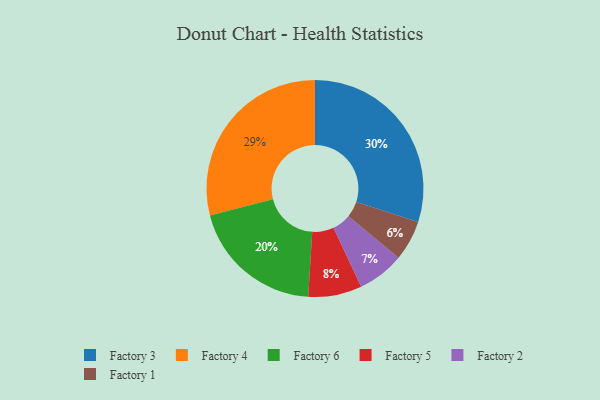
{"axis": {"x": "Category", "y": "Percentage"}, "legend": ["Factory 1", "Factory 2", "Factory 3", "Factory 4", "Factory 5", "Factory 6"], "data": [{"x": "Factory 1", "y": 6, "type": "Factory 1"}, {"x": "Factory 6", "y": 20, "type": "Factory 6"}, {"x": "Factory 3", "y": 30, "type": "Factory 3"}, {"x": "Factory 4", "y": 29, "type": "Factory 4"}, {"x": "Factory 5", "y": 8, "type": "Factory 5"}, {"x": "Factory 2", "y": 7, "type": "Factory 2"}]}